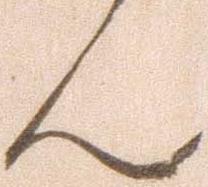
ん